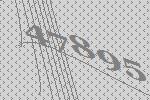
47895